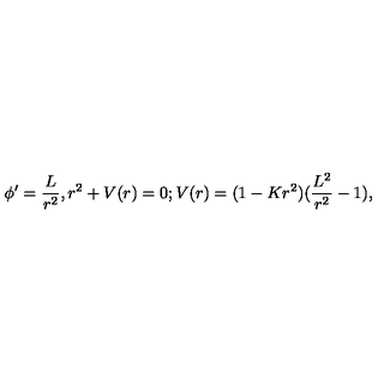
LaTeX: \phi ^ { \prime } = \frac { L } { r ^ { 2 } } , r ^ { 2 } + V ( r ) = 0 ; V ( r ) = ( 1 - K r ^ { 2 } ) ( \frac { L ^ { 2 } } { r ^ { 2 } } - 1 ) ,